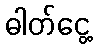
ဓါတ်ငွေ့